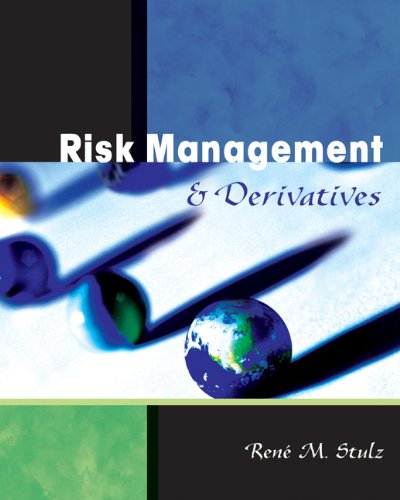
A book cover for Risk Management and Derivatives; Rene M. Stulz; Business & Money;